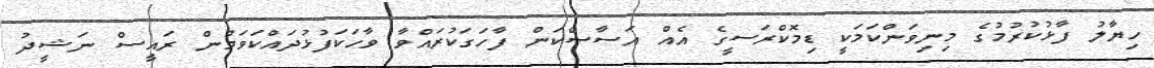
ހިޔާލު ފާޅުކުރުމުގެ މިނިވަންކަމަކީ ޑިމޮކްރަސީގެ އެއް އަސާސްކަން ފާހަގަކުރައްވާ ވާހަކަފުޅުދައްކަވަމުން ރައީސް ނަޝީދު